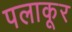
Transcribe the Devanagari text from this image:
पलाकूर